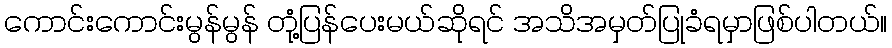
ကောင်းကောင်းမွန်မွန် တုံ့ပြန်ပေးမယ်ဆိုရင် အသိအမှတ်ပြုခံရမှာဖြစ်ပါတယ်။